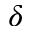
\delta